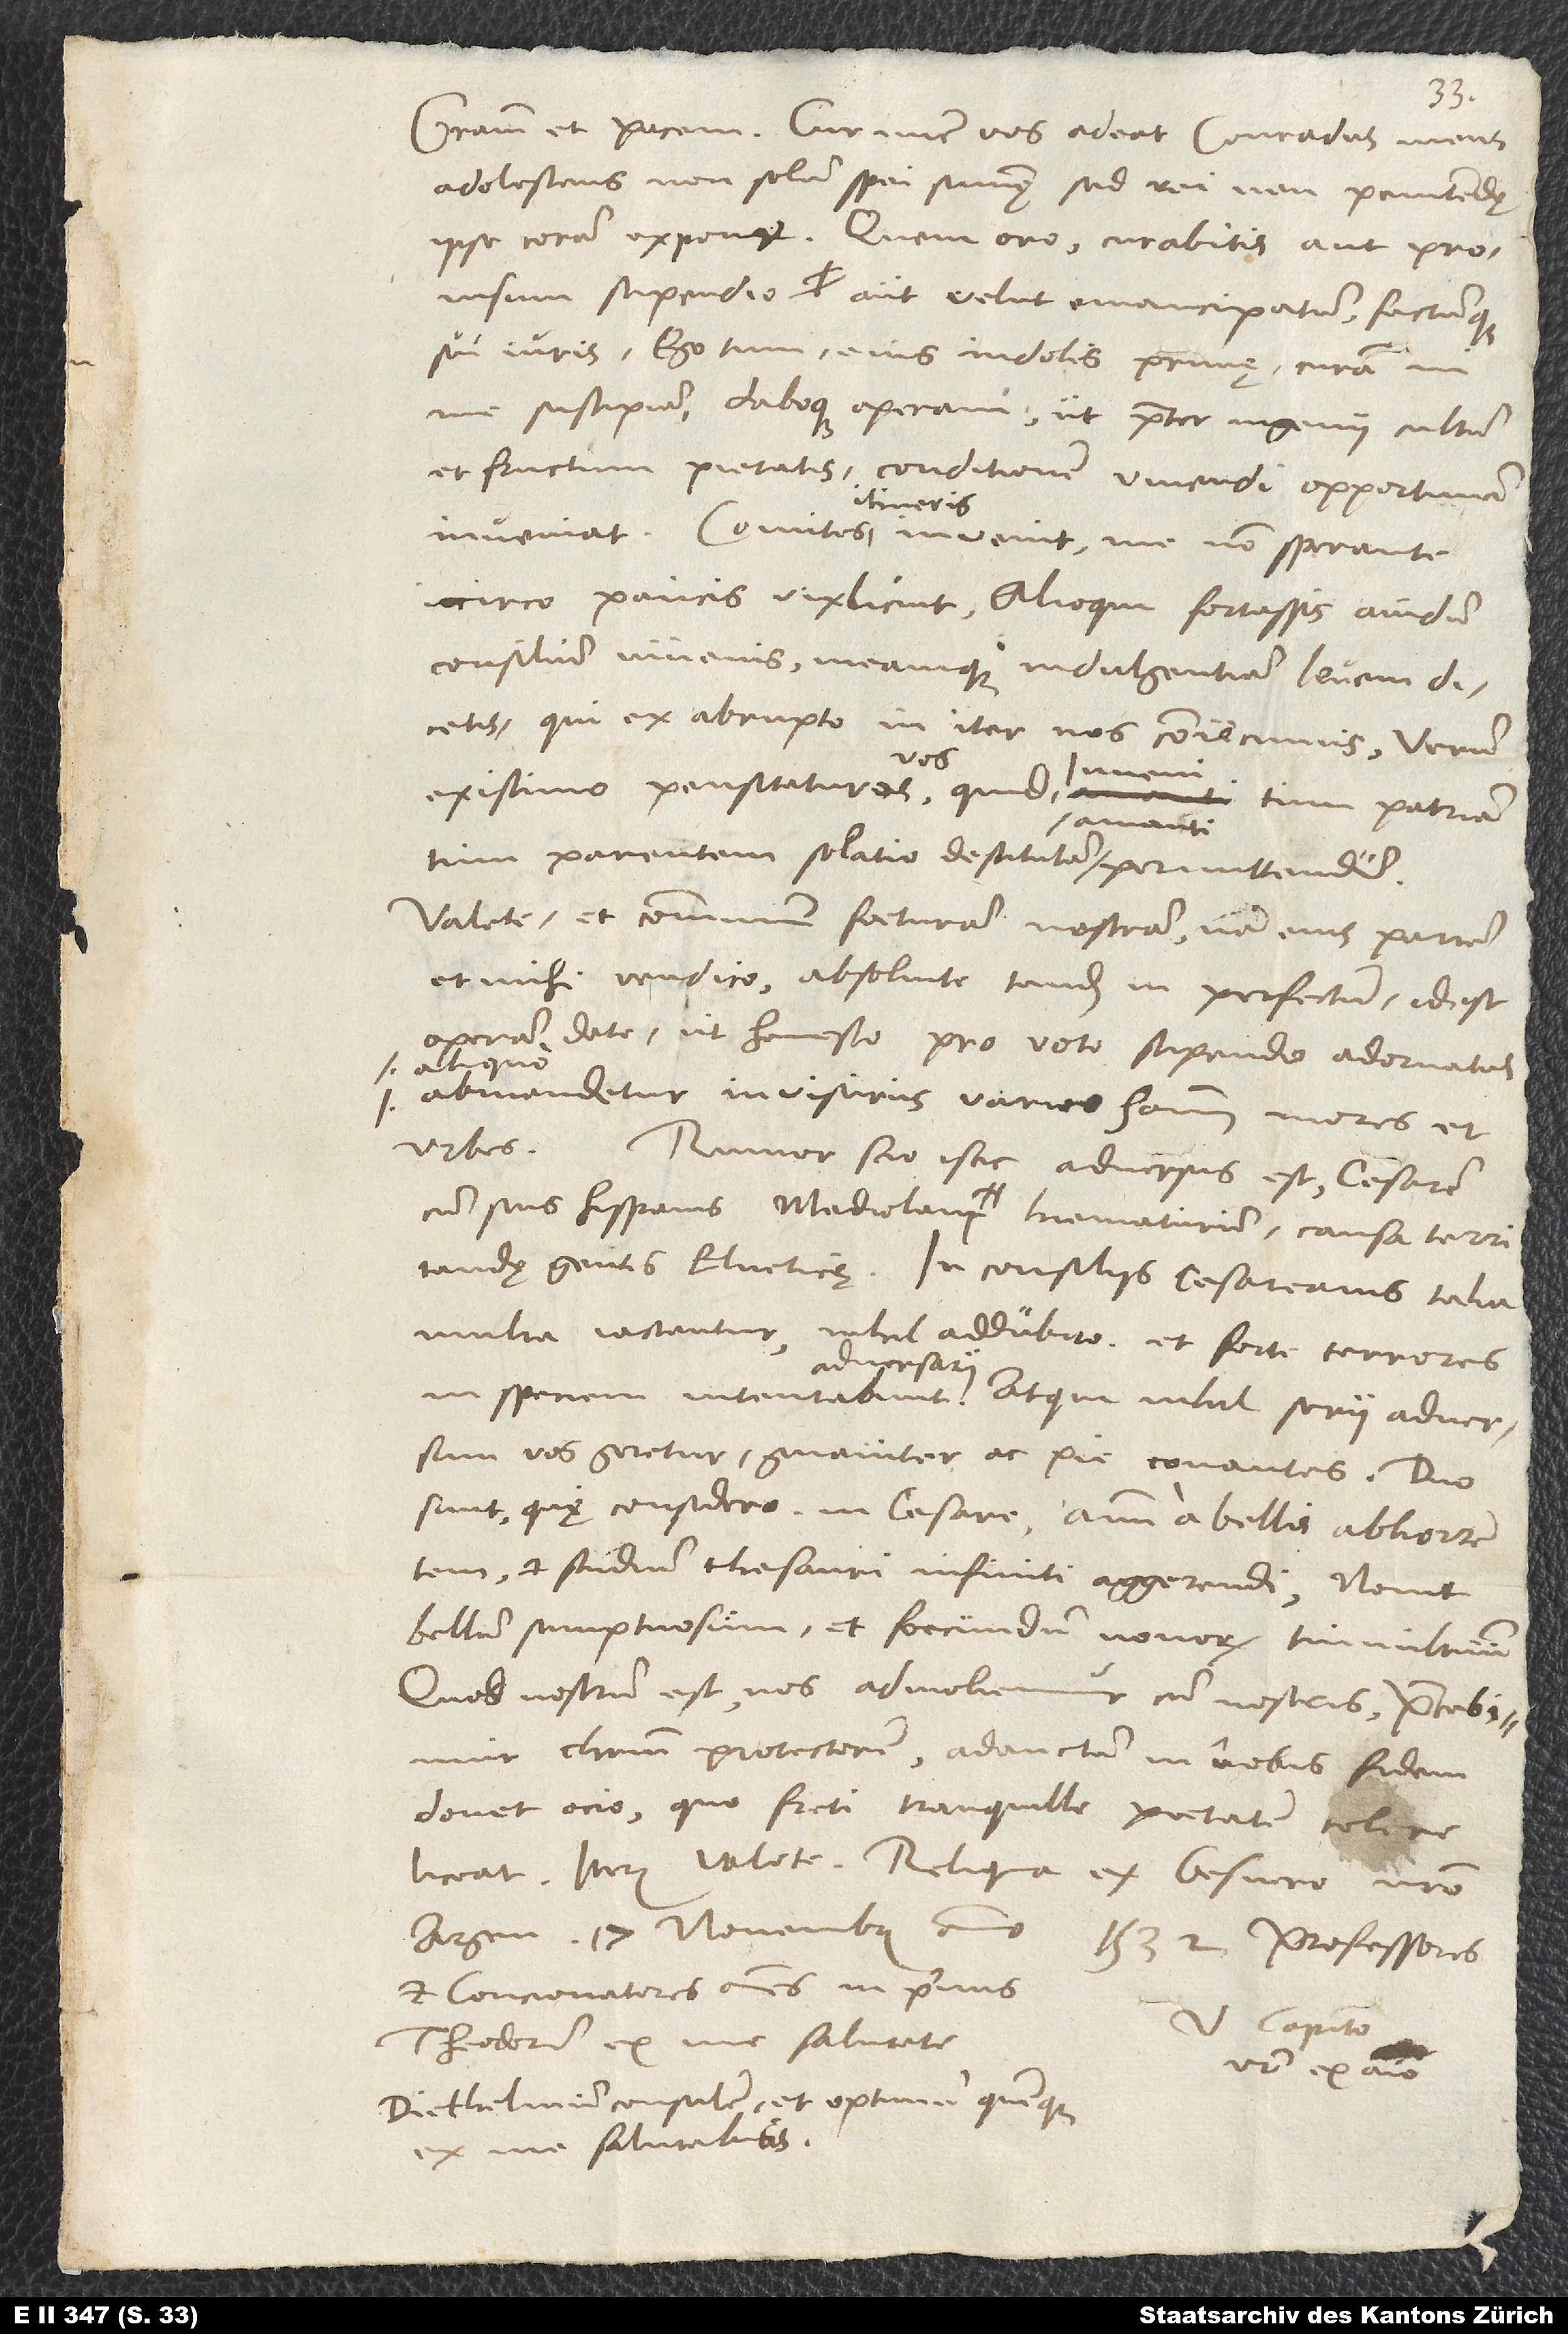
Gratiam et pacem. Cur nunc vos adeat Conradus meus,
adolescens non solum spei summę, sed rei non penitendę,
ipse coram exponet. Quem oro curabitis aut provisum
stipendio aut velut emancipatum factumque
sui iuris. Ego tum eius indolis primę curam in
me suscipiam daboque operam, ut praeter ingenii cultum
et fructum pietatis conditionem vivendi opportunam
inveniat. Comites itineris invenit me non sperante.
Iccirco paucis vix licuit. Alioqui fortassis avidum
consilium iuvenis meamque indulgentiam levem
dicetis, qui ex abrupto in iter nos coniecimus. Verum
vos
existimo pensitaturos vos, quid iuveni tum patriam,
tum parentem solatio destitutum amanti permittendum.
Valete, et communem foeturam nostram - nam eius partem
et mihi vendico - absolvite tandem in perfectum, id est,
operam date, ut honesto pro voto stipendio adornatus
aliquo
abmandetur invisurus varios hominum mores et
urbes. Rumor, scio, istic adversus est cesarem
cum suis Hispanis Mediolani hiematurum causa territandę
gentis Elveticae. In consiliis cesareanis talia
multa iactantur, nihil addubito, et forte terrores
adversarii.
geretur gnaviter ac pie conantes. Duo
sunt, quę considero in cesare, animum a bellis abhorrentem
et studium thesauri infiniti aggerendi. Novit
bellum sumptuosum et foecundum novorum tumultuum.
Quod nostrum est, nos admoliemur cum nostris, precabimur
Christum protectorem, adauctam in nobis fidem
donet ocio, quo freti tranquille pietatem colere
liceat. Iterum valete. Reliqua ex Gesnero nostro.
1532. Professores
et concionatores omnes, in primis
V. Capito,
Theodorum, ex me salutate.
vester ex animo.
Diethelmum consulem et optimum quemque
ex me salutabitis.